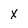
Character: x